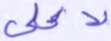
لأعلى